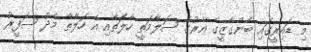
މި ޑައިރީގައި ބެންގާޒީގެ އޭރުގެ ސަލާމަތީ ހާލަތާއި އެ ހަލާތާ މެދު ސަފީރު